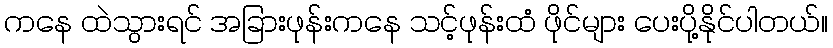
ကနေ ထဲသွားရင် အခြားဖုန်းကနေ သင့်ဖုန်းထံ ဖိုင်များ ပေးပို့နိုင်ပါတယ်။